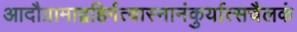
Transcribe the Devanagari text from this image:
आदौग्रामाद्वहिर्गत्वास्नानंकुर्यात्सचैलकं